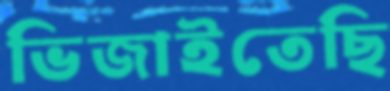
ভিজাইতেছি